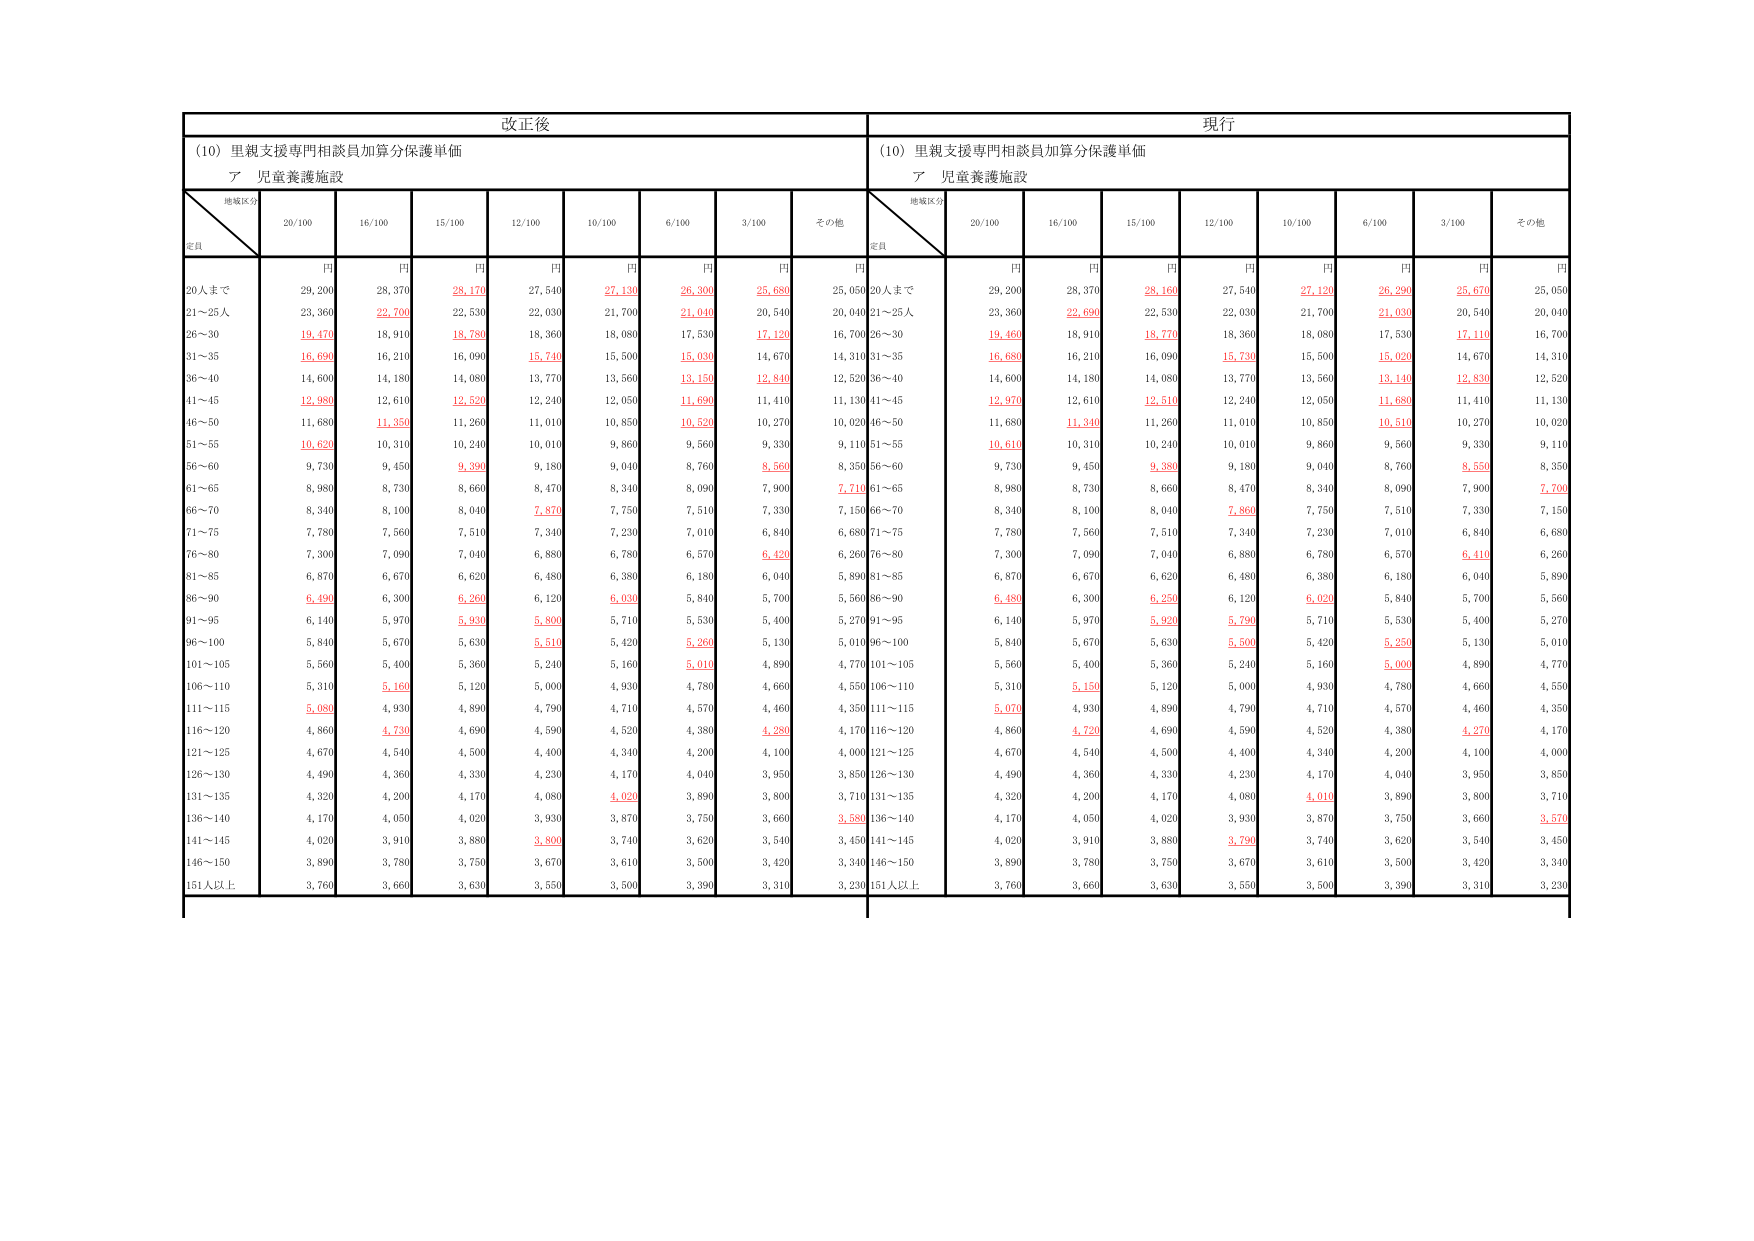
改正後
(10) 里親支援専門相談員加算分保護単価
ア 児童養護施設
地域区分
定員
20/100
16/100
15/100
12/100
10/100
6/100
3/100
その他
円
円
円
円
円
円
円
円
20人まで
29,200
28,370
28,170
27,540
27,130
26,300
25,680
25,050
21～25人
23,360
22,700
22,530
22,030
21,700
21,040
20,540
20,040
26～30
19,470
18,910
18,780
18,360
18,080
17,530
17,120
16,700
31～35
16,690
16,210
16,090
15,740
15,500
15,030
14,670
14,310
36～40
14,600
14,180
14,080
13,770
13,560
13,150
12,840
12,520
41～45
12,980
12,610
12,520
12,240
12,050
11,690
11,410
11,130
46～50
11,680
11,350
11,260
11,010
10,850
10,520
10,270
10,020
51～55
10,620
10,310
10,240
10,010
9,860
9,560
9,330
9,110
56～60
9,730
9,450
9,390
9,180
9,040
8,760
8,560
8,350
61～65
8,980
8,730
8,660
8,470
8,340
8,090
7,900
7,710
66～70
8,340
8,100
8,040
7,870
7,750
7,510
7,330
7,150
71～75
7,780
7,560
7,510
7,340
7,230
7,010
6,840
6,680
76～80
7,300
7,090
7,040
6,880
6,780
6,570
6,420
6,260
81～85
6,870
6,670
6,620
6,480
6,380
6,180
6,040
5,890
86～90
6,490
6,300
6,260
6,120
6,030
5,840
5,700
5,560
91～95
6,140
5,970
5,930
5,800
5,710
5,530
5,400
5,270
96～100
5,840
5,670
5,630
5,510
5,420
5,260
5,130
5,010
101～105
5,560
5,400
5,360
5,240
5,160
5,010
4,890
4,770
106～110
5,310
5,160
5,120
5,000
4,930
4,780
4,660
4,550
111～115
5,080
4,930
4,890
4,790
4,710
4,570
4,460
4,350
116～120
4,860
4,730
4,690
4,590
4,520
4,380
4,280
4,170
121～125
4,670
4,540
4,500
4,400
4,340
4,200
4,100
4,000
126～130
4,490
4,360
4,330
4,230
4,170
4,040
3,950
3,850
131～135
4,320
4,200
4,170
4,080
4,020
3,890
3,800
3,710
136～140
4,170
4,050
4,020
3,930
3,870
3,750
3,660
3,580
141～145
4,020
3,910
3,880
3,800
3,740
3,620
3,540
3,450
146～150
3,890
3,780
3,750
3,670
3,610
3,500
3,420
3,340
151人以上
3,760
3,660
3,630
3,550
3,500
3,390
3,310
3,230
現行
(10) 里親支援専門相談員加算分保護単価
ア 児童養護施設
地域区分
定員
20/100
16/100
15/100
12/100
10/100
6/100
3/100
その他
円
円
円
円
円
円
円
円
20人まで
29,200
28,370
28,160
27,540
27,120
26,290
25,670
25,050
21～25人
23,360
22,690
22,530
22,030
21,700
21,030
20,540
20,040
26～30
19,460
18,910
18,770
18,360
18,080
17,530
17,110
16,700
31～35
16,680
16,210
16,090
15,730
15,500
15,020
14,670
14,310
36～40
14,600
14,180
14,080
13,770
13,560
13,140
12,830
12,520
41～45
12,970
12,610
12,510
12,240
12,050
11,680
11,410
11,130
46～50
11,680
11,340
11,260
11,010
10,850
10,510
10,270
10,020
51～55
10,610
10,310
10,240
10,010
9,860
9,560
9,330
9,110
56～60
9,730
9,450
9,380
9,180
9,040
8,760
8,550
8,350
61～65
8,980
8,730
8,660
8,470
8,340
8,090
7,900
7,700
66～70
8,340
8,100
8,040
7,860
7,750
7,510
7,330
7,150
71～75
7,780
7,560
7,510
7,340
7,230
7,010
6,840
6,680
76～80
7,300
7,090
7,040
6,880
6,780
6,570
6,410
6,260
81～85
6,870
6,670
6,620
6,480
6,380
6,180
6,040
5,890
86～90
6,480
6,300
6,250
6,120
6,020
5,840
5,700
5,560
91～95
6,140
5,970
5,920
5,790
5,710
5,530
5,400
5,270
96～100
5,840
5,670
5,630
5,500
5,420
5,250
5,130
5,010
101～105
5,560
5,400
5,360
5,240
5,160
5,000
4,890
4,770
106～110
5,310
5,150
5,120
5,000
4,930
4,780
4,660
4,550
111～115
5,070
4,930
4,890
4,790
4,710
4,570
4,460
4,350
116～120
4,860
4,720
4,690
4,590
4,520
4,380
4,270
4,170
121～125
4,670
4,540
4,500
4,400
4,340
4,200
4,100
4,000
126～130
4,490
4,360
4,330
4,230
4,170
4,040
3,950
3,850
131～135
4,320
4,200
4,170
4,080
4,010
3,890
3,800
3,710
136～140
4,170
4,050
4,020
3,930
3,870
3,750
3,660
3,570
141～145
4,020
3,910
3,880
3,790
3,740
3,620
3,540
3,450
146～150
3,890
3,780
3,750
3,670
3,610
3,500
3,420
3,340
151人以上
3,760
3,660
3,630
3,550
3,500
3,390
3,310
3,230